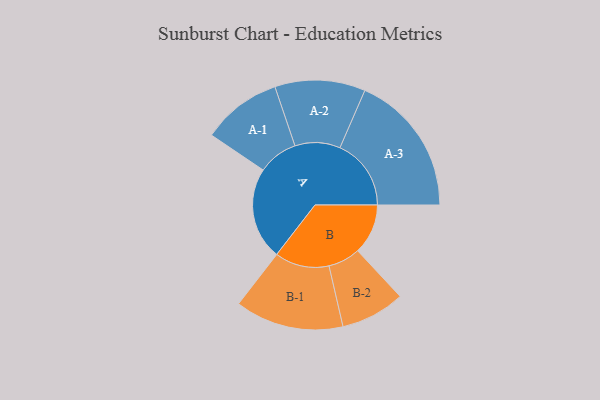
{"axis": {"x": "Segment", "y": "Value"}, "legend": ["", "A", "B"], "data": [{"x": "A", "y": 345, "type": ""}, {"x": "B", "y": 188, "type": ""}, {"x": "A-1", "y": 149, "type": "A"}, {"x": "A-2", "y": 169, "type": "A"}, {"x": "A-3", "y": 266, "type": "A"}, {"x": "B-1", "y": 203, "type": "B"}, {"x": "B-2", "y": 120, "type": "B"}]}